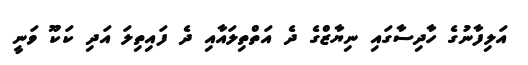
އަލިފާނުގެ ހާދިސާގައި ނިޔާޒްގެ ދެ އަތްތިލައާއި ދެ ފައިތިލަ އަދި ކަކޫ ވަނީ